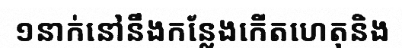
១នាក់នៅនឹងកន្លែងកើតហេតុនិង